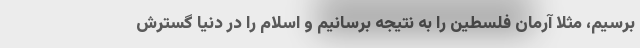
برسیم، مثلا آرمان فلسطین را به نتیجه برسانیم و اسلام را در دنیا گسترش